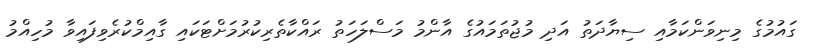
ގައުމުގެ މިނިވަންކަމާއި ސިޔާދަތު އަދި މުޖުތަމައުގެ އާންމު މަސްލަހަތު ރައްކާތެރިކުރުމަށްޓަކައި ގާއިމްކުރެވިފައިވާ މުހިއްމު